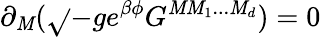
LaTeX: \partial_{\mathit{M}}(\sqrt{}{{-g}}e^{\beta\phi}G^{\mathit{M}\mathit{M}_{1}...\mathit{M}_{d}})=0